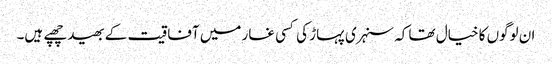
ان لوگوں کا خیال تھا کہ سنہری پہاڑ کی کسی غار میں آفاقیت کے بھید چھپے ہیں۔